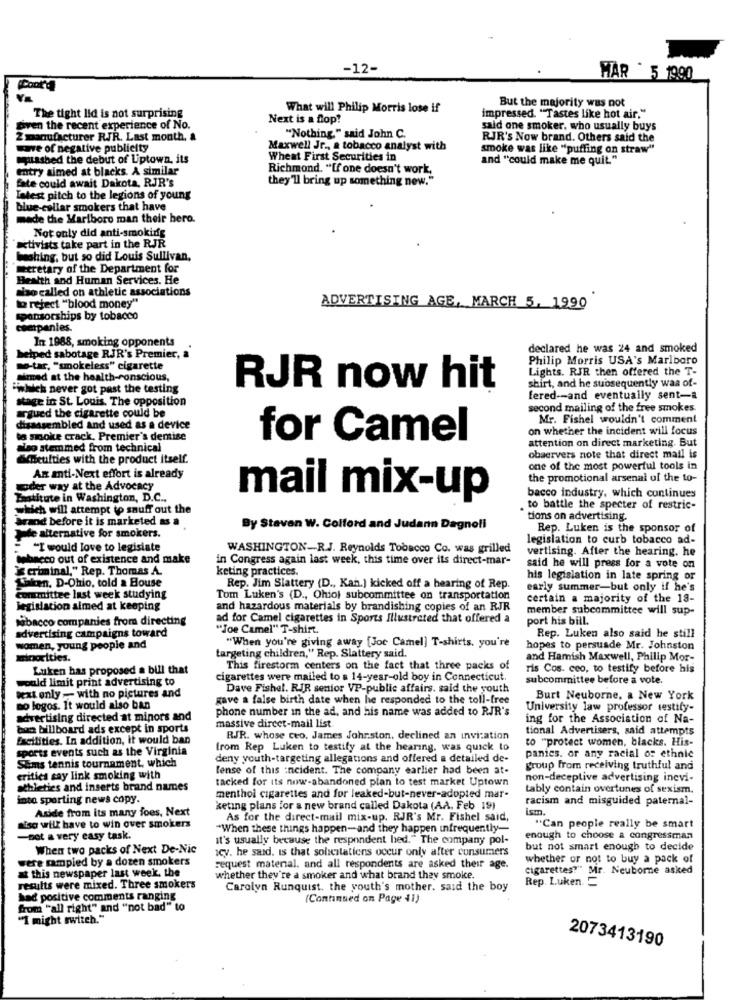
-12-
HAR ' 5 1990
Cook
But the majority was not
What will Philip Morris lose if
impressed. "Tastes like hot air."
The tight Ild is not surprising
Next is a flop?
given the recent experience of No.
said one smoker. who usually buys
2 manufacturer RJR. Last month, &
"Nothing," said John C.
RJR's Now brand. Others said the
wwwve of negative publicity
Maxwell Jr ., a tobacco analyst with
smoke was like "puffing on straw"
Clashed the debut of Liptown, its
Wheat First Securities in
and "could make me quit"
entry aimed at blacks. A similar
Richmond. "[f one doesn't work,
fate could await Dakota, RJR's
they'll bring up something new."
Latest pitch to the legions of young
blue-collar smokers that have
made the Marlboro man their hero.
Not only did anti-smoking
Activists take part in the RJR
bashing, but so did Louis Sullivan,
meretary of the Department for
Health and Human Services. He
also called on athletic associations
to reject "blood money"
ADVERTISING AGE, MARCH 5, 1990
Sponsorships by tobacco
companies.
In 1988, smoking opponents
declared he was 24 and smoked
helped sabotage RJR's Premier, a
Philip Morris USA's Marlboro
me-tar, "smokeless" cigarette
Lights. RJR then offered the T-
aimed at the health-conscious,
"which never got past the testing
RJR now hit
shirt, and he subsequently waa of-
stage in St. Louis. The opposition
fered -- and eventually sent-a
argued the cigarette could be
second mailing of the free smokes.
Mr. Fishel wouldn't comment
disassembled and used as a device
on whether the incident will focus
to smoke crack, Premier's derise
for Camel
also stemmed from technical
attention on direct marketing. But
achteulties with the product itself.
observers note that direct mail is
one of the most powerful tools in
An anti-Next effort is already
the promotional arsenal of the to-
oder way at the Advocacy
Bratitute in Washington, D.C .,
mail mix-up
bacco industry, which continues
which will attempt to snuff out the
. to battle the specter of restric-
araod before it is marketed as a
tions on advertising.
By Staven W. Colford and Judann Dagnoll
Rep. Luken is the sponsor of
Tele alternative for smokers.
legislation to curb tobacco ad-
= "I would love to legislate
WASHINGTON-R.J. Reynolds Tobacco Co. was grilled
vertising. After the hearing, he
bebancco out of existence and make
in Congress again last week, this time over its direct-mar-
"X criminal." Rep. Thomas A.
keting practices.
said he will press for a vote on
Saken, D-Ohio, told a House
his legislation in late spring or
Rep. Jim Slattery (D ., Kan.) kicked off a hearing of Rep.
early summer-but only if he's
committee last week studying
Tom Luken's (D ., Ohio) subcommittee on transportation
certain a majority of the 18-
legislation aimed at keeping
and hazardous materials by brandishing copies of an RJR
member subcommittee will sup-
tabacco companies from directing
ad for Camel cigarettes in Sports Illustrated that offered a
port his bill.
advertising campaigns toward
"Joe Camel" T-shirt.
Rep. Luken also said he still
"When you're giving away [Joc Camel] T-shirts, you're
women, young people and
hopes to persuade Mr. Johnston
xicocities.
targeting children," Rep. Slattery said.
and Hamish Maxwell, Philip Mor-
Luken has proposed a bill that
This firestorm centers on the fact that three packs of
ris Cos. ceo, to testify before his
could limit print advertising to
cigarettes were mailed to a 14-year-old boy in Connecticut.
subcommittee before a vote.
Dave Fishel. RIR senior VP-public affairs, said the youth
text only -- with no pictures and
gave a false birth date when he responded to the toll-free
Burt Neuborne, a New York
mo logos. It would also ban
phone number in the ad, and his name was added to RJR's
University law professor testify-
advertising directed at minors and
ing for the Association of Na-
bun billboard ads except in sports
massive dircet-mail list.
tional Advertisers, said attempts
facilities. In addition, it would ban
RJR. whose ceo, James Johr.ston, declined an invitation
to "protect women, blacks. His-
sports events such as the Virginia
from Rep Luken to testify at the hearing, was quick to
Sums tennis tournament, which
deny youth-targeting allegations and offered a detailed de-
panics. or any racial of ethnic
lense of this incident. The company earlier had been at-
group from receiving truthful and
critics say link smoking with
tacked for its now-abandoned plan to test market Uptown
non-deceptive advertising inevi-
athletics and inserts brand names
tably contain overtunes of sexism.
into sporting news copy.
menthol cigarettes and for leaked-but-never-adopted mar-
racism and misguided paternal-
Aside from its many foes, Next
keting plans for a new brand called Dakota (AA. Feb 19)
ism.
As for the direct-mail mix-up. RJR's Mr. Fishel said,
Riso will have to win over smokers
"When these things happen-and they happen infrequently-
"Can people really be smart
-not a very easy task.
it's usually because the respondent bed." The company pol-
enough to choose a congressman
When two packs of Next De-Nic
scy. he said, is that solicitations occur only after consumers
but not smart enough to decide
were mampled by a dozen smokers
whether or not to buy a pack of
request material. and all respondents are asked their age.
cigarettes?" Mr. Neuborne asked
at this newspaper last week, the
whether they're a smoker and what brand they smokce.
Rep. Luken. =
results were mixed. Three smokers
Carolyn Runquist, the youth's mother. said the boy
had positive comments ranging
(Continued on Page 41)
from "all right" and "not bad" to
"I might switch."
2073413190